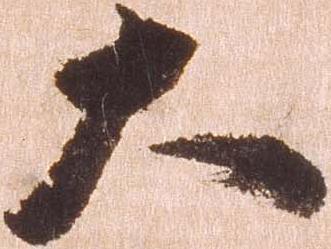
大